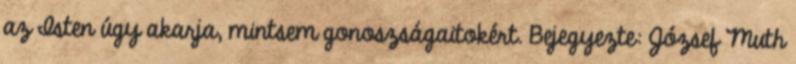
az Isten úgy akarja, mintsem gonoszságaitokért. Bejegyezte: József Muth